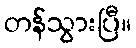
တန်သွားပြီ။